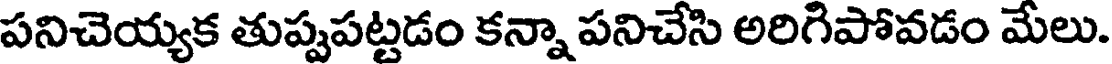
పనిచెయ్యక తుప్పపట్టడం కన్నా పనిచేసి అరిగిపోవడం మేలు.